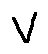
v